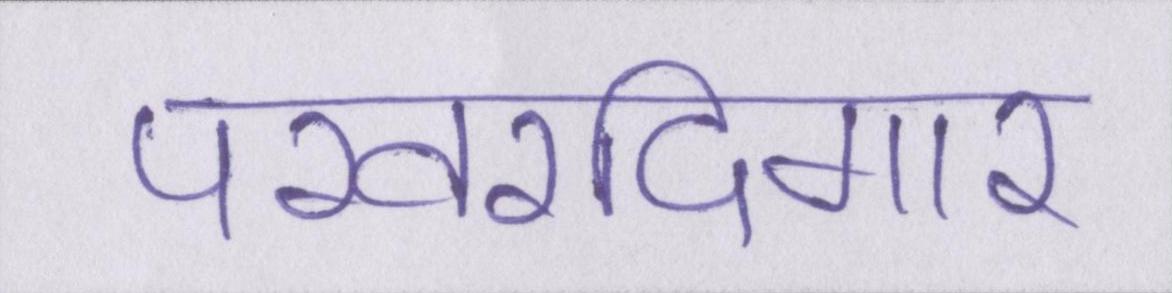
परवरदिगार